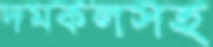
দমকলসহ